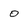
Character: 0